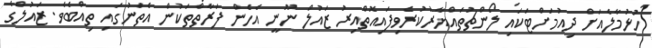
ހުޅުމާލެއަށް ދިއުމަށްޓަކައި ލޯންޗުތައްޔާރުކުރެވިފައިއޮތްއިރު ޒައުލް ނޫނީ އެހެން ފަރާތްތަކުން އެތަނުގައި ތިއްބެވެ. ޒައުލްގެ